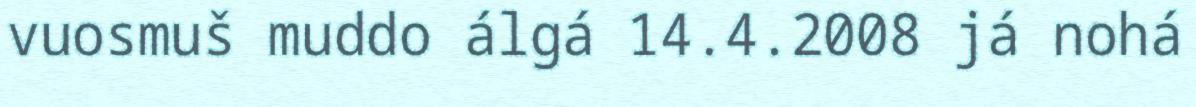
vuosmuš muddo álgá 14.4.2008 já nohá